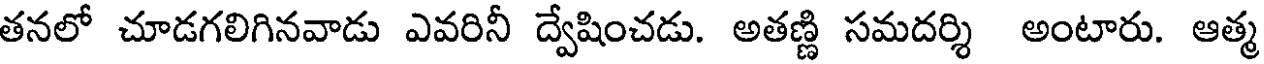
తనలో చూడగలిగినవాడు ఎవరినీ ద్వేషించడు. అతణ్ణి సమదర్శి అంటారు. ఆత్మ